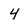
Character: 4